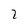
Character: 2